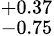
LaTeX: ^{+0.37}_{-0.75}